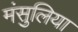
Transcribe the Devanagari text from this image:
मंसुलिया